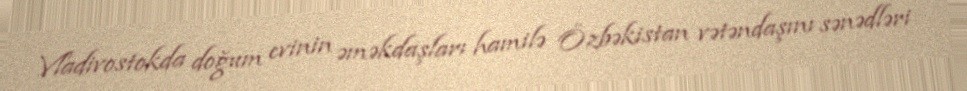
Vladivostokda doğum evinin əməkdaşları hamilə Özbəkistan vətəndaşını sənədləri